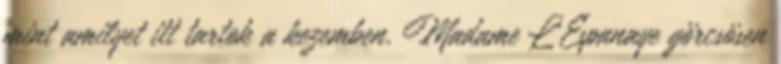
mint amilyet itt tartok a kezemben. Madame L'Espanaye görcsösen